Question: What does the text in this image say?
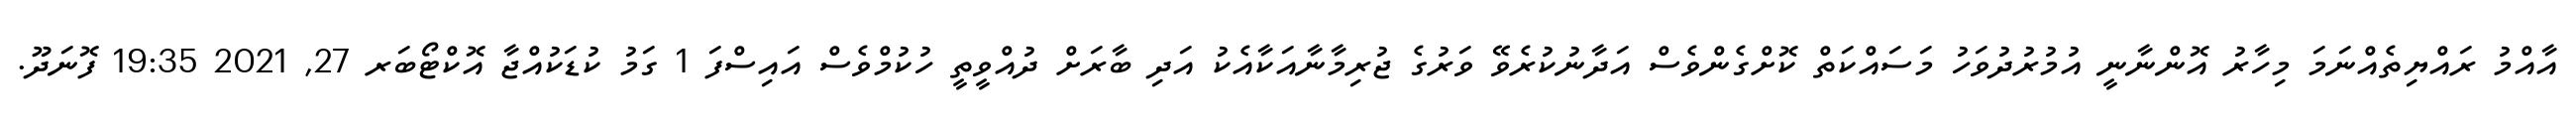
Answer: އާއްމު ރައްޔިތެއްނަމަ މިހާރު އޮންނާނީ އުމުރުދުވަހު މަސައްކަތް ކޮށްގެންވެސް އަދާނުކުރެވޭ ވަރުގެ ޖުރިމާނާއަކާއެކު އަދި ބާރަށް ދުއްވީތީ ހުކުމްވެސް އައިސްފަ 1 ގަމު ކުޑަކުއްޖާ އޮކްޓޯބަރ 27, 2021 19:35 ފޮނަދޫ.